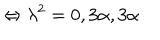
\Leftrightarrow \lambda ^ { 2 } = 0 , 3 \alpha , 3 \alpha